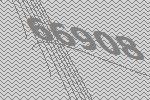
66908